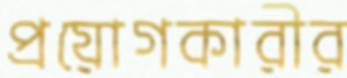
প্রয়োগকারীর